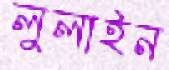
লুলাইন